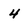
Character: 4